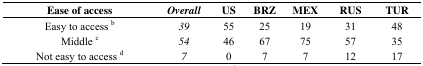
| Ease of access | Overall | US | BRZ | MEX | RUS | TUR |
 | --- | --- | --- | --- | --- | --- | --- |
 | Easy to access b | 39 | 55 | 25 | 19 | 31 | 48 |
 | Middle c | 54 | 46 | 67 | 75 | 57 | 35 |
 | Not easy to access d | 7 | 0 | 7 | 7 | 12 | 17 |